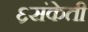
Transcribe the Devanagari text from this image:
६संकेती